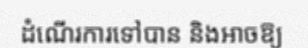
ដំណើរការទៅបាន និងអាចឱ្យ